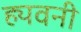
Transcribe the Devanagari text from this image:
ह्यवनी